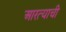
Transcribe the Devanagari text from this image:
आरत्याची